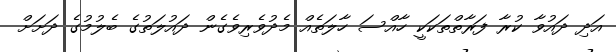
އަދި ދައުވާ ކުރާ ފަރާތްތަކަކީ ހާއްސަ ހާލަތެއް މެދުވެރިވެގެން ދައުލަތުގެ ބެލުމުގެ ދަށަށް